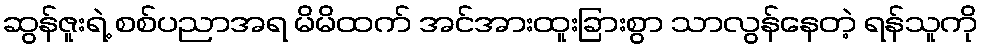
ဆွန်ဇူးရဲ့ စစ်ပညာအရ မိမိထက် အင်အားထူးခြားစွာ သာလွန်နေတဲ့ ရန်သူကို